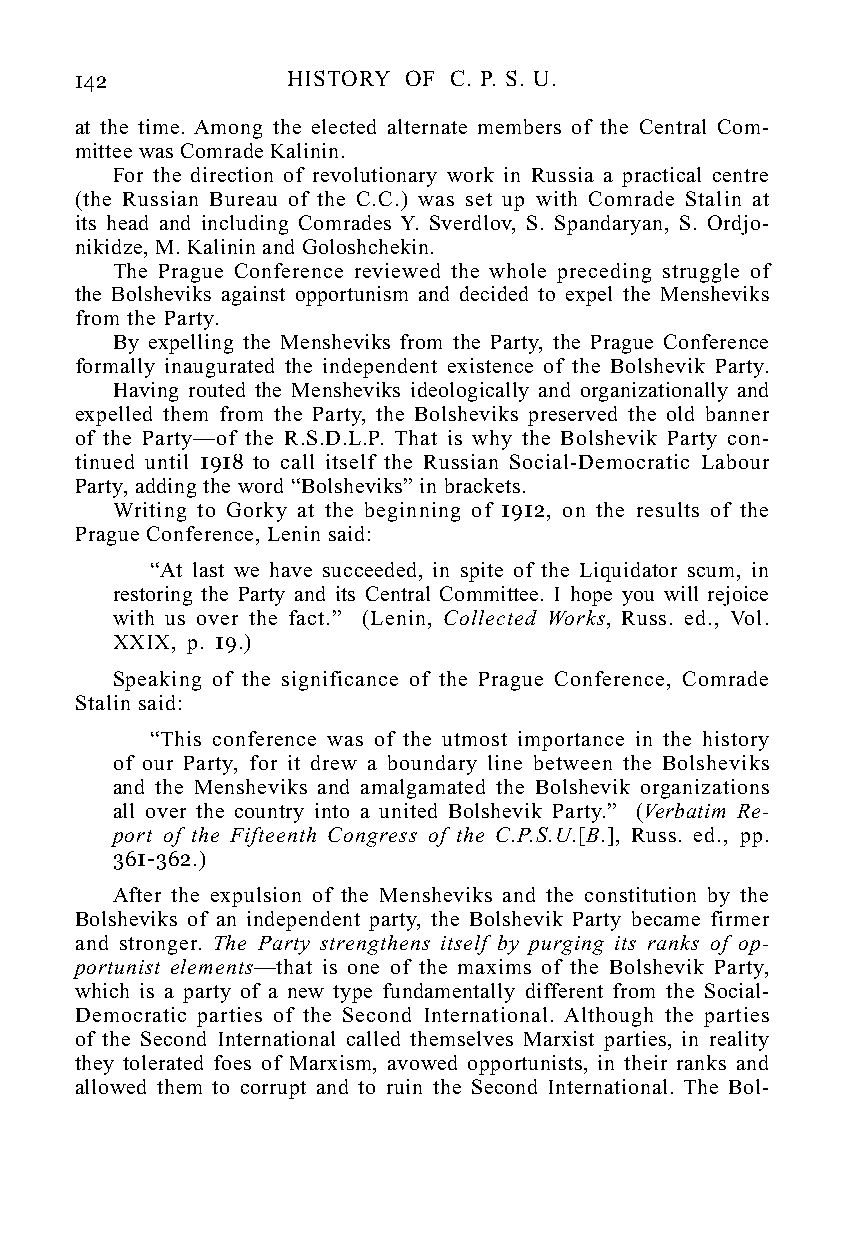
142           HISTORY OF C. P. S. U.
 at the time. Among the elected alternate members of the Central Com-
 mittee was Comrade Kalinin.
 For the direction of revolutionary work in Russia a practical centre
 (the Russian Bureau of the C.C.) was set up with Comrade Stalin at
 its head and including Comrades Y. Sverdlov, S. Spandaryan, S. Ordjo-
 nikidze, M. Kalinin and Goloshchekin.
 The Prague Conference reviewed the whole preceding struggle of
 the Bolsheviks against opportunism and decided to expel the Mensheviks
 from the Party.
 By expelling the Mensheviks from the Party, the Prague Conference
 formally inaugurated the independent existence of the Bolshevik Party.
 Having routed the Mensheviks ideologically and organizationally and
 expelled them from the Party, the Bolsheviks preserved the old banner
 of the Party—of the R.S.D.L.P. That is why the Bolshevik Party con-
 tinued until 1918 to call itself the Russian Social-Democratic Labour
 Party, adding the word “Bolsheviks” in brackets.
 Writing to Gorky at the beginning of 1912, on the results of the
 Prague Conference, Lenin said:
 “At last we have succeeded, in spite of the Liquidator scum, in
 restoring the Party and its Central Committee. I hope you will rejoice
 with us over the fact.” (Lenin, Collected Works, Russ. ed., Vol.
 XXIX, p. 19.)
 Speaking of the significance of the Prague Conference, Comrade
 Stalin said:
 “This conference was of the utmost importance in the history
 of our Party, for it drew a boundary line between the Bolsheviks
 and the Mensheviks and amalgamated the Bolshevik organizations
 all over the country into a united Bolshevik Party.” (Verbatim Re-
 port of the Fifteenth Congress of the C.P.S.U.[B.], Russ. ed., pp.
 361-362.)
 After the expulsion of the Mensheviks and the constitution by the
 Bolsheviks of an independent party, the Bolshevik Party became firmer
 and stronger. The Party strengthens itself by purging its ranks of op-
 portunist elements—that is one of the maxims of the Bolshevik Party,
 which is a party of a new type fundamentally different from the Social-
 Democratic parties of the Second International. Although the parties
 of the Second International called themselves Marxist parties, in reality
 they tolerated foes of Marxism, avowed opportunists, in their ranks and
 allowed them to corrupt and to ruin the Second International. The Bol-